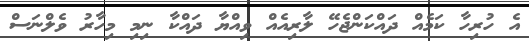
އެ ހުރިހާ ކަމެއް ދައްކަންޖެހޭ ލާރިއެއް ވިއްޔާ ދައްކާ ނިމި މިހާރު ވެލްނަސް